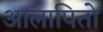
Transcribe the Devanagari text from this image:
आलापितो